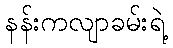
နန်းကလျာခမ်းရဲ့